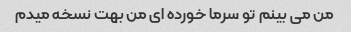
من می بینم تو سرما خورده ای من بهت نسخه میدم